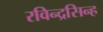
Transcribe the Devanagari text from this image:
रविन्द्रसिन्ह